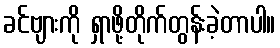
ခင်ဗျားကို ရှာဖို့တိုက်တွန်းခဲ့တာပါ။